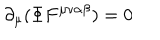
\partial _ { \mu } ( \Phi F ^ { \mu \nu \alpha \beta } ) = 0